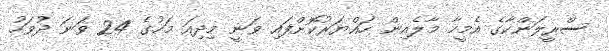
ސްރީލަންކާގެ އެމީހާ މާލެއިން ހައްޔަރުކޮށްފައި ވަނީ މިދިއަ މަހުގެ 24 ވަނަ ދުވަހު